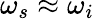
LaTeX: \omega_{s}\approx\omega_{i}